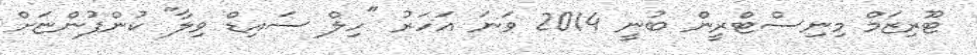
ޓޫރިޒަމް މިނިސްޓްރީން ބުނީ 2014 ވަނަ އަހަރު "ހިލް ސައިޑް ވިލާ" ކުންފުންޏަށް